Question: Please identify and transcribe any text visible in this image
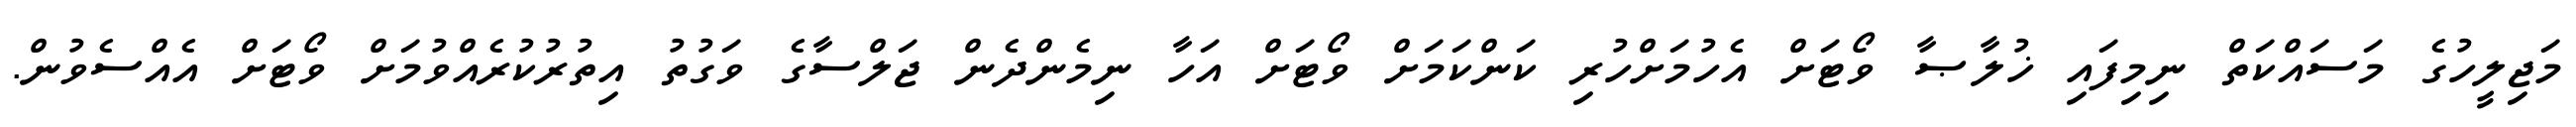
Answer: މަޖިލީހުގެ މަސައްކަތް ނިމިފައި ޚުލާޞާ ވޯޓަށް އެހުމަށްހުރި ކަންކަމަށް ވޯޓަށް އަހާ ނިމެންދެން ޖަލްސާގެ ވަގުތު އިތުރުކުރެއްވުމަށް ވޯޓަށް އެއްސެވުން.